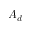
A _ { d }